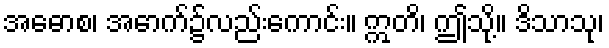
အဓောစ၊ အောက်၌လည်းကောင်း။ ဣတိ၊ ဤသို့။ ဒိသာသု၊